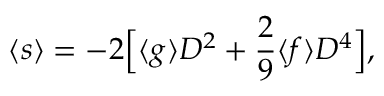
\begin{array} { c c c } { \displaystyle { \langle s \rangle = - 2 \Big [ \langle g \rangle D ^ { 2 } + \frac { 2 } { 9 } \langle f \rangle D ^ { 4 } \Big ] , } } \end{array}